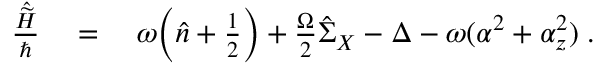
\begin{array} { r l } { \frac { \hat { \widetilde { H } } } { \hbar } } & { { } = \quad \omega \Big ( \hat { n } + \frac 1 2 \Big ) + \frac { \Omega } { 2 } \hat { \Sigma } _ { X } - \Delta - \omega ( \alpha ^ { 2 } + \alpha _ { z } ^ { 2 } ) \; . } \end{array}